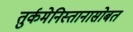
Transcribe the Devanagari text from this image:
तुर्कमेनिस्तानासोबत